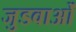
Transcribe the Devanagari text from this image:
जुडवाओं